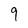
Character: 9